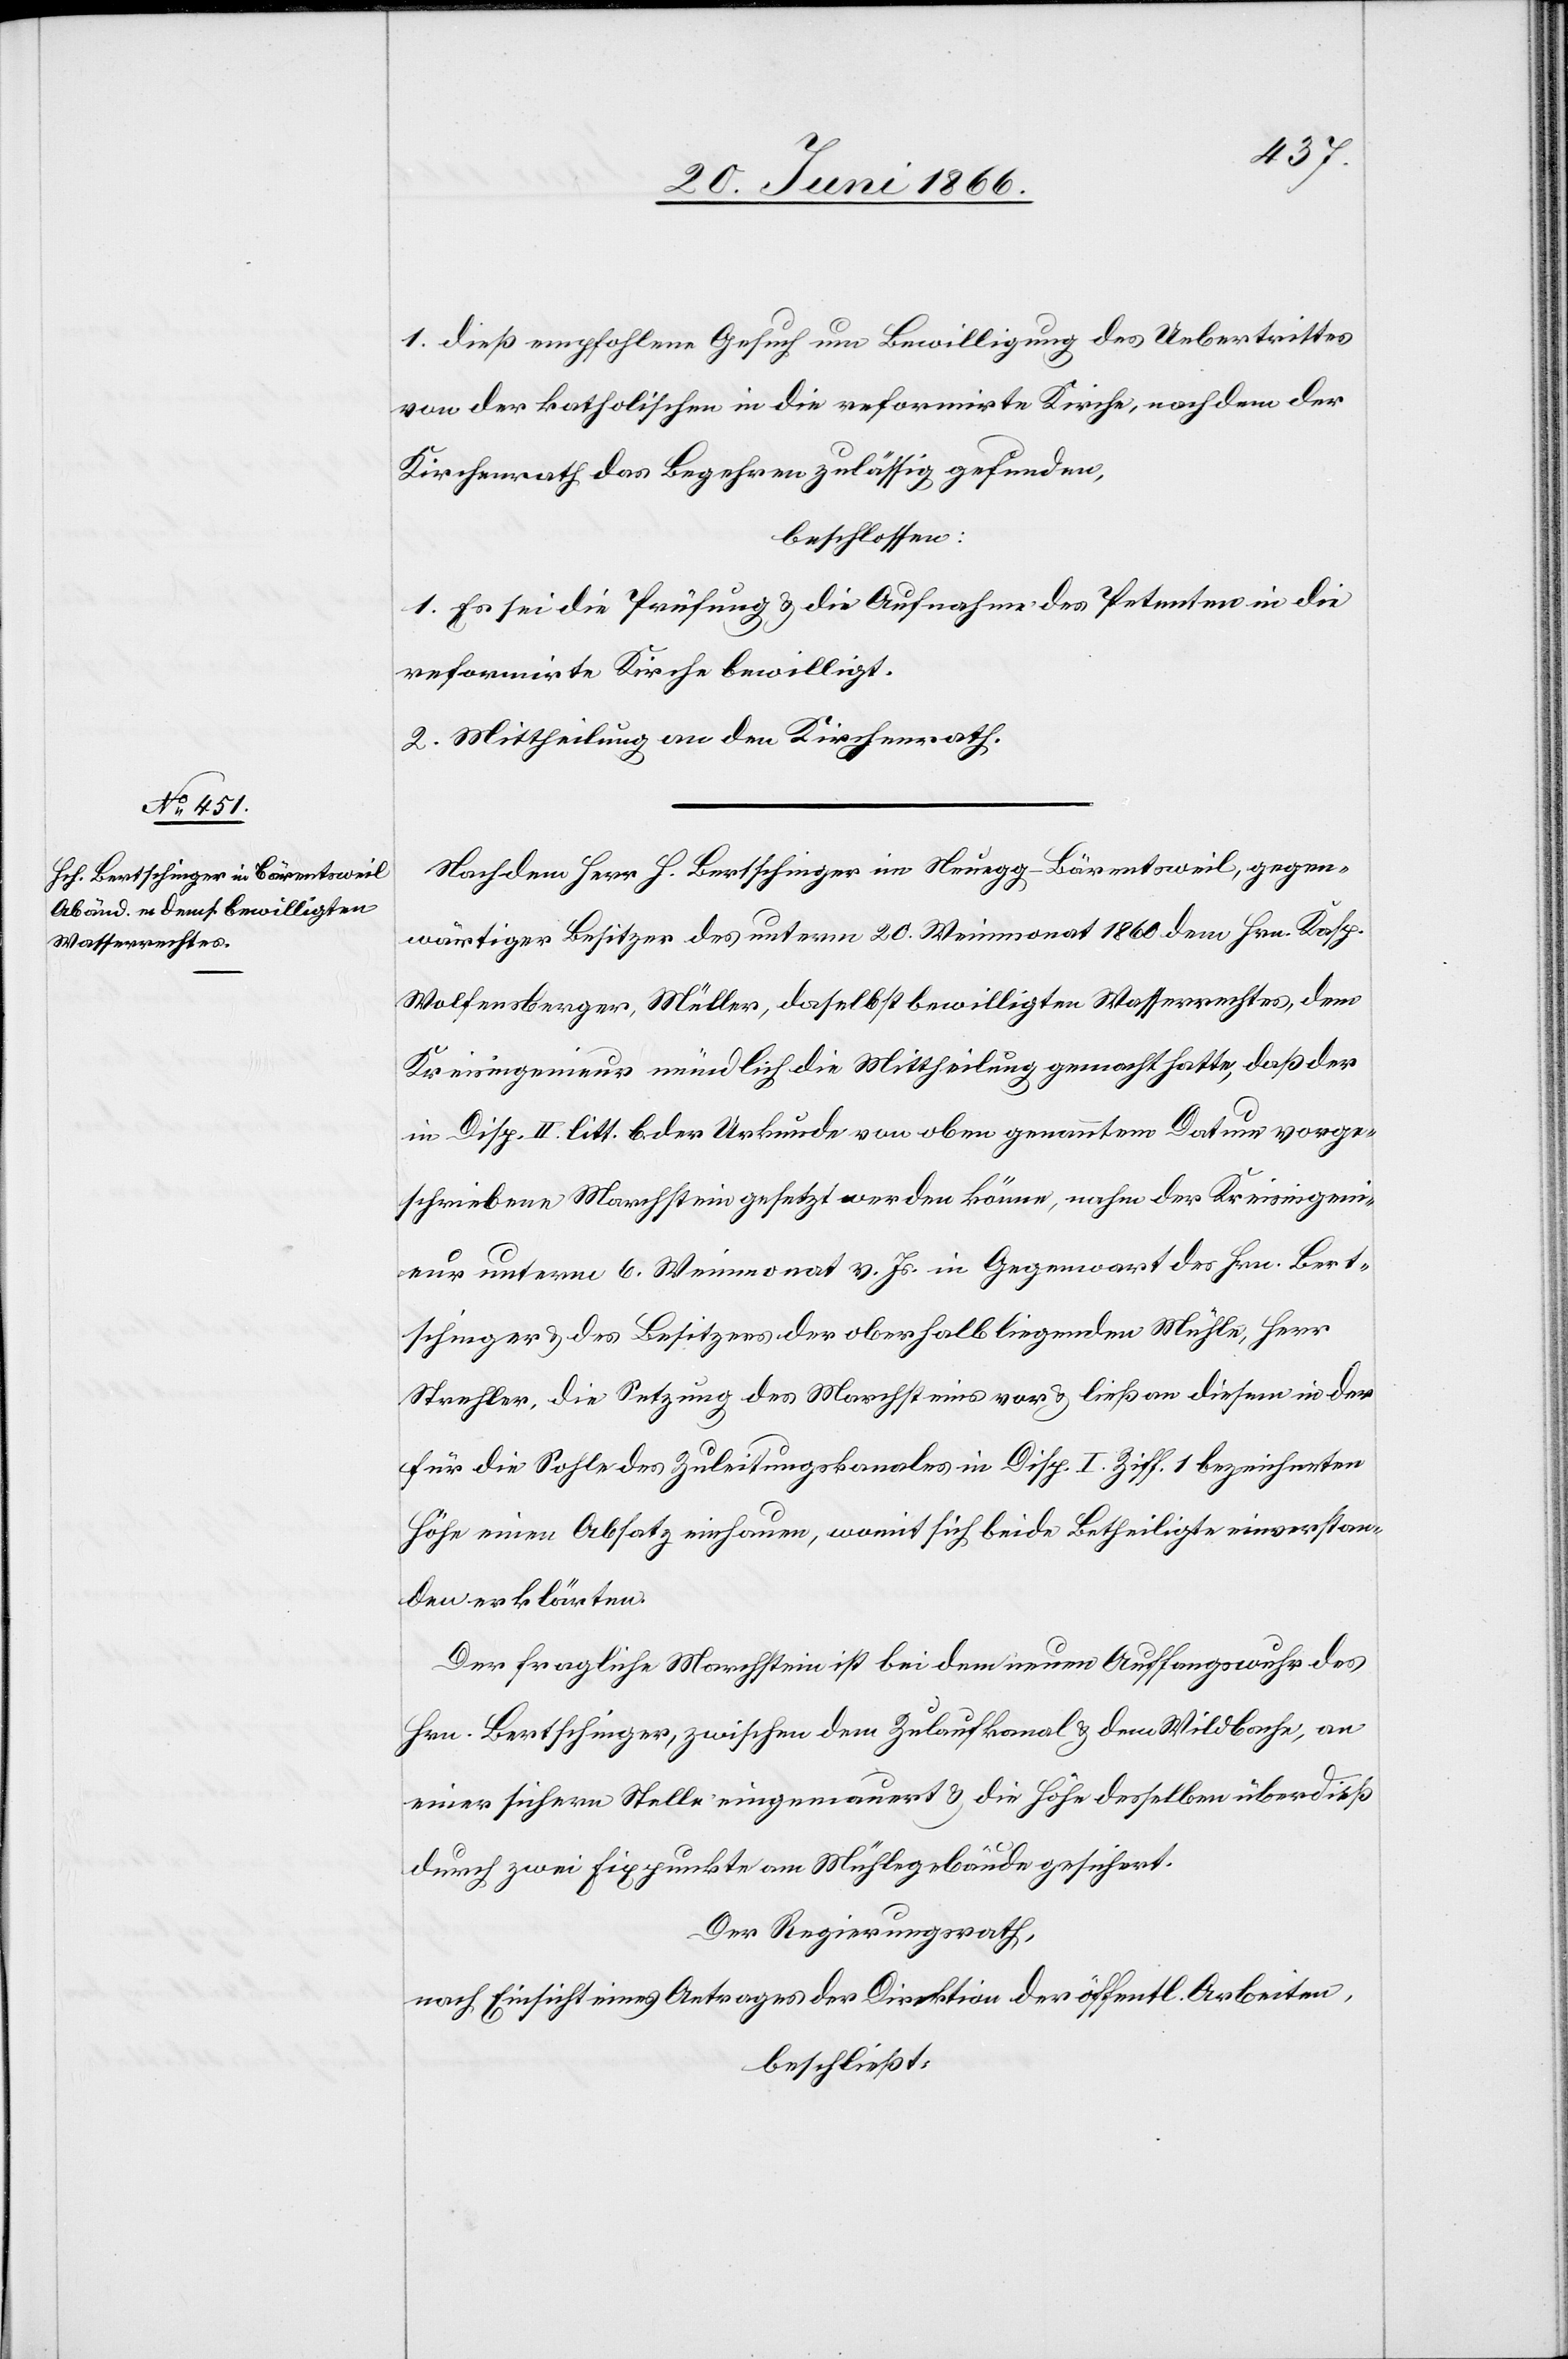
1. dieß empfohlene Gesuch um Bewilligung des Uebertrittes
von der katholischen in die reformirte Kirche, nachdem der
Kirchenrath das Begehren zulässig gefunden,
beschlossen:
1. Es sei die Prüfung u. die Aufnahme des Petenten in die
reformirte Kirche bewilligt.
2. Mittheilung an den Kirchenrath.
Nachdem Herr H. Bertschinger in Neuegg-Bärentsweil, gegen¬
wärtiger Besitzer des unterm 20. Weinmonat 1860 dem Hrn. Kasp.
Wolfensberger, Müller, daselbst bewilligten Wasserrechtes, dem
Kreisingenieur mündlich die Mittheilung gemacht hatte, daß der
in Disp. II litt. b der Urkunde von oben genanntem Datum vorge¬
schriebene Marchstein gesetzt werden könne, nahm der Kreisingeni¬
eur unterm 6. Weinmonat v. Js. in Gegenwart des Hrn. Bert¬
schinger u. des Besitzers der oberhalb liegenden Mühle, Herr
Strehler, die Setzung des Marchsteines vor u. ließ an diesem in der
für die Sohle des Zuleitungskanales in Disp. I Ziff. 1 bezeichneten
Höhe einen Absatz einhauen, womit sich beide Betheiligten einverstan¬
den erklärten.
Der fragliche Marchstein ist bei dem neuen Auffangswuhr des
Hrn. Bertschinger, zwischen dem Zulaufkanal u. den Wildbach, an
einer sichern Stelle eingemauert u. die Höhe desselben überdieß
durch zwei Fixpunkte am Mühlegebäude gesichert.
Der Regierungsrath,
nach Einsicht eines Antrages der Direktion der öffentl. Arbeiten,
beschließt: